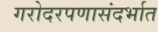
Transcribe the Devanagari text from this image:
गरोदरपणासंदर्भात